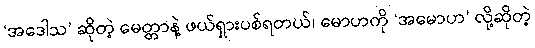
‘အဒေါသ’ ဆိုတဲ့ မေတ္တာနဲ့ ဖယ်ရှားပစ်ရတယ်၊ မောဟကို ‘အမောဟ’ လို့ဆိုတဲ့